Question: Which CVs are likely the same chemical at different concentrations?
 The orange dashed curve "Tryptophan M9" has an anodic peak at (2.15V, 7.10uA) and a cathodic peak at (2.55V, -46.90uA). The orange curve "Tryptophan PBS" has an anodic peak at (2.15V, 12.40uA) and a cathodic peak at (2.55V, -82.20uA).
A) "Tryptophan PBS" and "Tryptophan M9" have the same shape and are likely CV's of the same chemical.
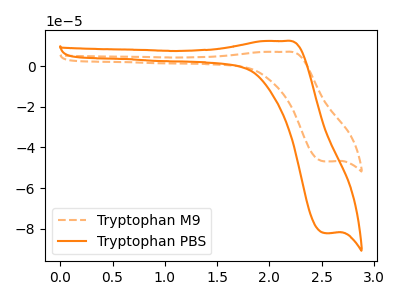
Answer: <think>All the peaks in "Tryptophan M9" have a peak in "Tryptophan PBS" at the same potential. Every peak in "Tryptophan M9" is lower than every peak in "Tryptophan PBS".
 </think>
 <answer>A) "Tryptophan PBS" and "Tryptophan M9" have the same shape and are likely CV's of the same chemical.</answer>
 <eval>A</eval>